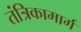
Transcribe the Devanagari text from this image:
तंत्रिकामार्ग